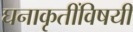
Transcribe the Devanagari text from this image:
घनाकृतींविषयीं